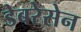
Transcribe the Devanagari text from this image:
डेबरेसेन